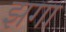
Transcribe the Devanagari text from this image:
झगा